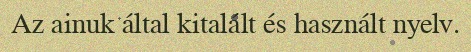
Az ainuk által kitalált és használt nyelv.